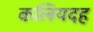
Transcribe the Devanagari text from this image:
कलियदह